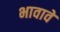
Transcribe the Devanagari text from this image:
भावावें